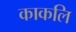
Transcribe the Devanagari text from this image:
काकलि